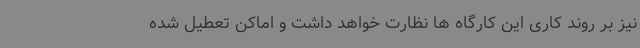
نیز بر روند کاری این کارگاه ها نظارت خواهد داشت و اماکن تعطیل شده